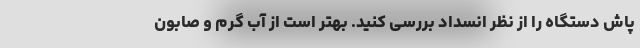
پاش دستگاه را از نظر انسداد بررسی کنید. بهتر است از آب گرم و صابون